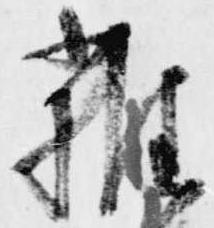
雑